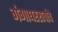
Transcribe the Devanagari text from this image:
गंगाधररावांचे